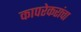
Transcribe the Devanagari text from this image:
कापरेकरांचा